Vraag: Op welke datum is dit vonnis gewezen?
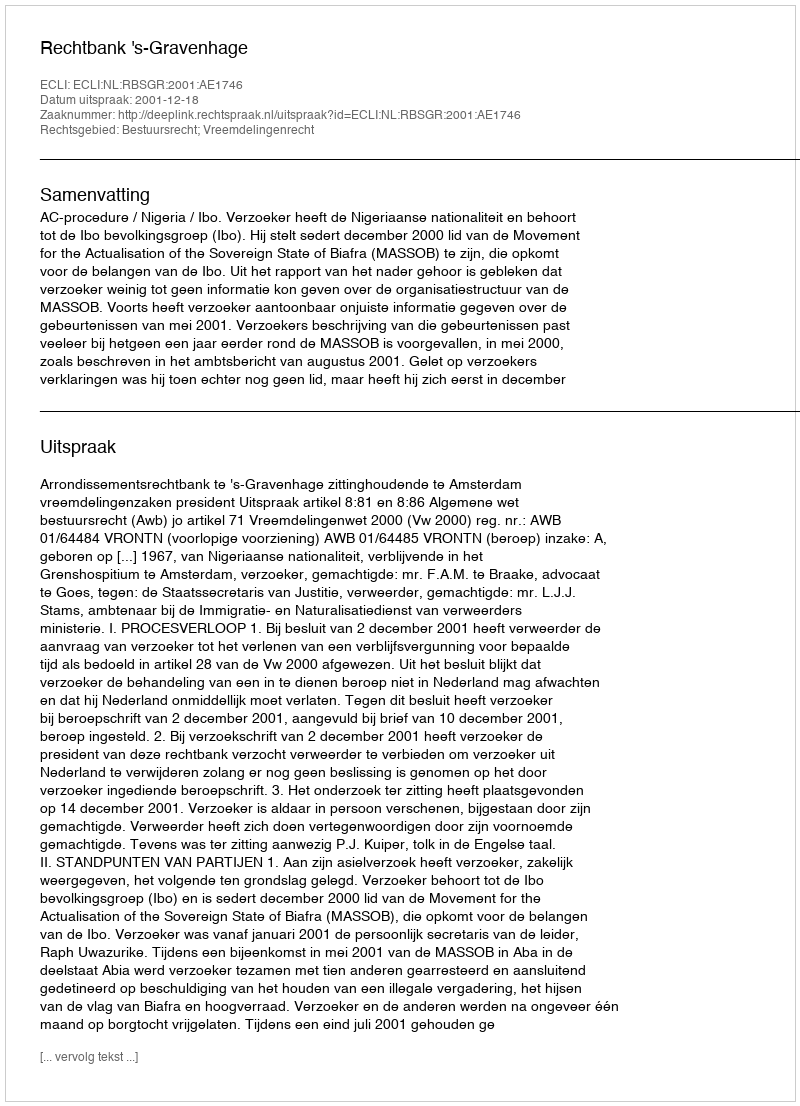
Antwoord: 2001-12-18